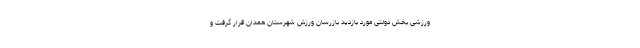
ورزشی بخش دولتی مورد بازدید بازرسان ورزش شهرستان همدان قرار گرفت و